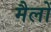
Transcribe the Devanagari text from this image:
मैलों